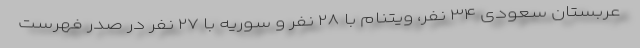
عربستان سعودی ۳۴ نفر، ویتنام با ۲۸ نفر و سوریه با ۲۷ نفر در صدر فهرست